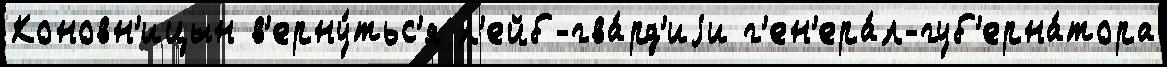
Коновн'ицын в'ерну́тьс'я л'ейб-гва́рд'иjи г'ен'ера́л-губ'ерна́тора